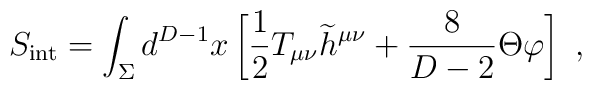
S_{\rm {\small int}}=\int_\Sigma d^{D-1} x \left[{1\over 2} T_{\mu\nu}{\widetilde h}^{\mu\nu}+{8\over{D-2}}\Theta\varphi\right]~,